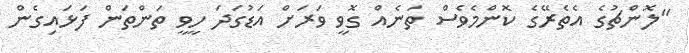
"ލޮންޗުގެ އެތެރޭގެ ކޮންމެވެސް ތަނެއް ގޮވީ ވަރަށް އަޑުގަދަ ހީވީ ތަންތަން ފަޅައިގެން